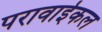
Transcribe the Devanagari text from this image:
परावाईकल